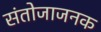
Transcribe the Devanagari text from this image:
संतोजाजनक